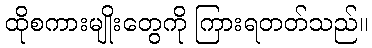
ထိုစကားမျိုးတွေကို ကြားရတတ်သည်။